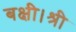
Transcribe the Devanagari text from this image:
बक्षी।श्री